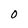
Character: 0